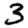
Digit: 3